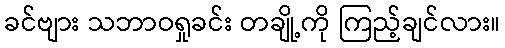
ခင်ဗျား သဘာဝရှုခင်း တချို့ကို ကြည့်ချင်လား။